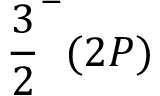
\frac 3 2 ^ { - } ( 2 P )